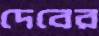
দেবের